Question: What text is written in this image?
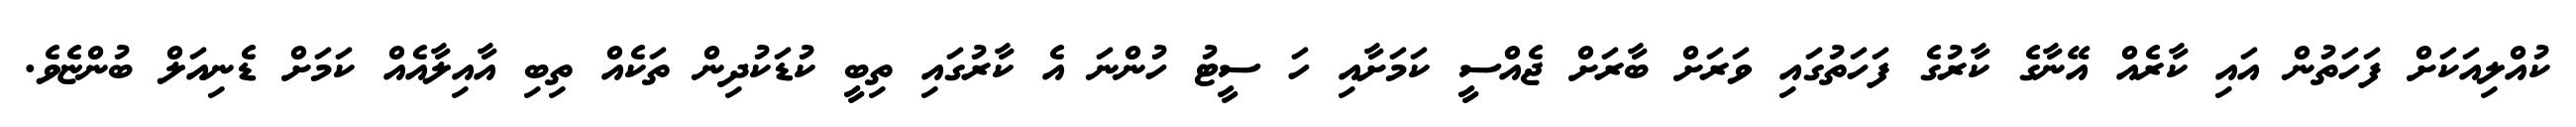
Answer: ކުއްލިއަކަށް ފަހަތުން އައި ކާރެއް އޭނާގެ ކާރުގެ ފަހަތުގައި ވަރަށް ބާރަށް ޖެއްސީ ކަމަށާއި ހަ ސީޓު ހުންނަ އެ ކާރުގައި ތިބީ ކުޑަކުދިން ތަކެއް ތިބި އާއިލާއެއް ކަމަށް ޑެނިއަލް ބުންޏެވެ.